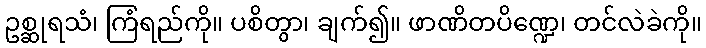
ဥစ္ဆုရသံ၊ ကြံရည်ကို။ ပစိတွာ၊ ချက်၍။ ဖာဏိတပိဏ္ဍေ၊ တင်လဲခဲကို။